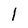
Character: l